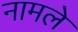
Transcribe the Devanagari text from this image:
नामले